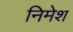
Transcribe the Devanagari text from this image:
निमेश